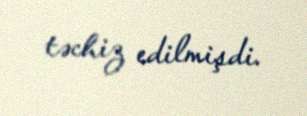
təchiz edilmişdi.